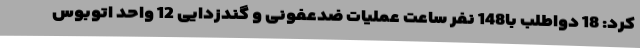
کرد: 18 دواطلب با148 نفر ساعت عملیات ضدعفونی و گندزدایی 12 واحد اتوبوس